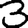
Digit: 3